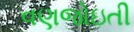
વણજોઇતી